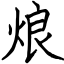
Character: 烺